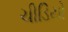
ચીડિયો